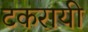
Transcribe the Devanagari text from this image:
टकरायी